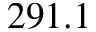
2 9 1 . 1